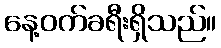
နေ့ဝက်ခရီးရှိသည်။